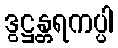
ဒွဋ္ဌန္တရကပ္ပါ